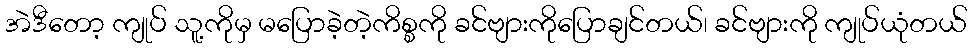
အဲဒီတော့ ကျုပ် သူ့ကိုမှ မပြောခဲ့တဲ့ကိစ္စကို ခင်ဗျားကိုပြောချင်တယ်၊ ခင်ဗျားကို ကျုပ်ယုံတယ်